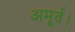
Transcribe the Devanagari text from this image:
अमूर्त।